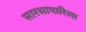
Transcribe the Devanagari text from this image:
सारसापारिला